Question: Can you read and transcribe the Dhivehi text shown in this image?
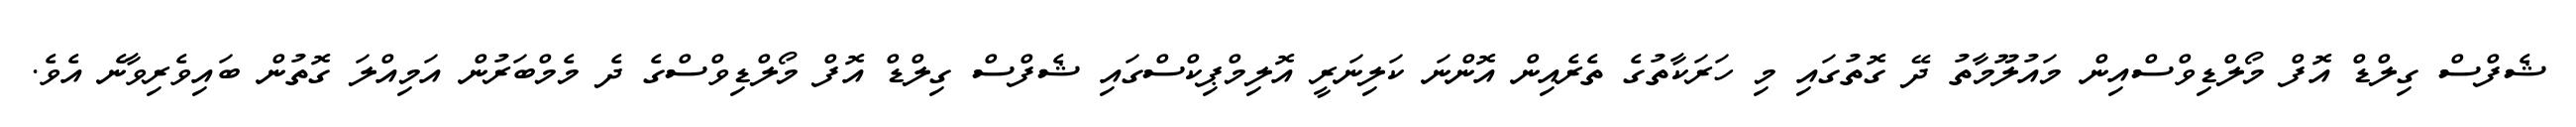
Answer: ޝެފްސް ގިލްޑް އޮފް މޯލްޑިވްސްއިން މައުލޫމާތު ދޭ ގޮތުގައި މި ހަރަކާތުގެ ތެރެއިން އޮންނަ ކަލިނަރީ އޮލިމްޕިކްސްގައި ޝެފްސް ގިލްޑް އޮފް މޯލްޑިވްސްގެ ދެ މެމްބަރުން އަމިއްލަ ގޮތުން ބައިވެރިވާނެ އެވެ.